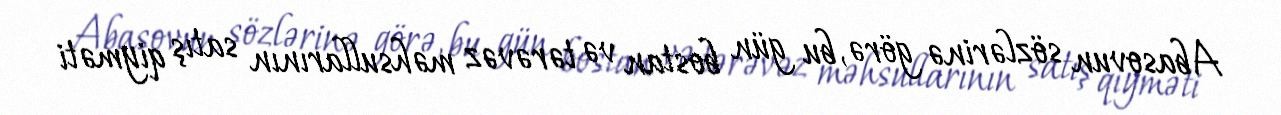
Abasovun sözlərinə görə, bu gün bostan və tərəvəz məhsullarının satış qiyməti